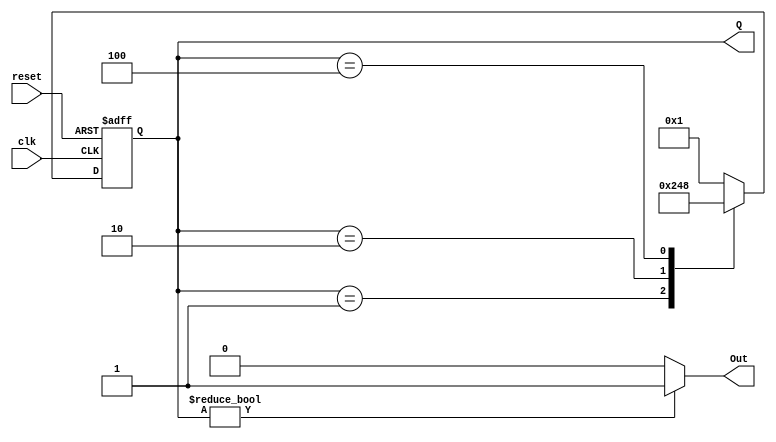
module ring_counter (
    input wire clk,         // Clock input
    input wire reset,       // Asynchronous reset input
    output reg [3:0] Q,     // 4-bit output representing the current state
    output reg Out          // Output indicating the current state
);

// State encoding
parameter STATE0 = 4'b0001;
parameter STATE1 = 4'b0010;
parameter STATE2 = 4'b0100;
parameter STATE3 = 4'b1000;

// State transition logic
always @(posedge clk or posedge reset) begin
    if (reset) begin
        Q <= STATE0;      // Reset to State 0
    end else begin
        case (Q)
            STATE0: Q <= STATE1; // Transition from State 0 to State 1
            STATE1: Q <= STATE2; // Transition from State 1 to State 2
            STATE2: Q <= STATE3; // Transition from State 2 to State 3
            STATE3: Q <= STATE0; // Transition from State 3 back to State 0
            default: Q <= STATE0; // Default to State 0 in case of unexpected state
        endcase
    end
end

// Output logic for the Moore machine
always @(Q) begin
    Out = (Q != 4'b0000) ? 1'b1 : 1'b0; // Out is 1 when Q has a single '1', otherwise 0
end

endmodule